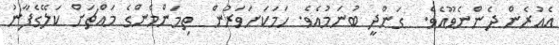
އެއުރެން ދެންނެވޫއެވެ.  ގަންދީ ބުނަމުއެވެ. ހަމަކަށަވަރުން  ތިމަންމެންގެ މައްޗަށް ކަލޭގެފާނު